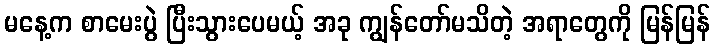
မနေ့က စာမေးပွဲ ပြီးသွားပေမယ့် အခု ကျွန်တော်မသိတဲ့ အရာတွေကို မြန်မြန်